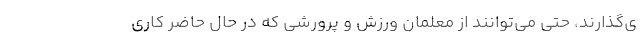
ی‌گذارند، حتی می‌توانند از معلمان ورزش و پرورشی که در حال حاضر کاری